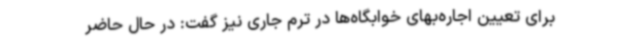
برای تعیین اجاره‌بهای خوابگاه‌ها در ترم جاری نیز گفت: در حال حاضر